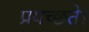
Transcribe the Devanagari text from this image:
प्रयच्छते।